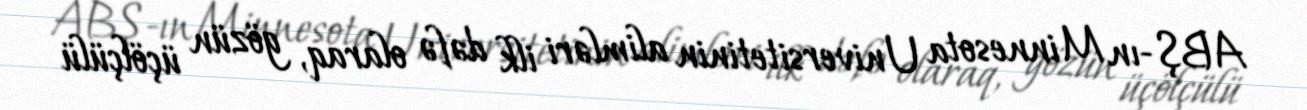
ABŞ-ın Minnesota Universitetinin alimləri ilk dəfə olaraq, gözün üçölçülü